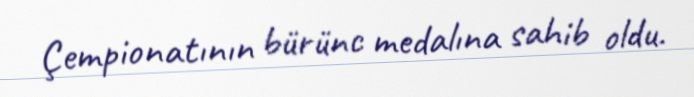
Çempionatının bürünc medalına sahib oldu.